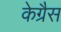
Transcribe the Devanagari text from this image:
केग्रैस